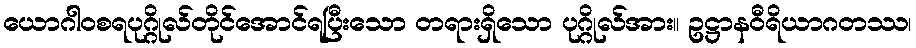
ယောဂါဝစရပုဂ္ဂိုလ်တိုင်အောင်ရပြီးသော တရားရှိသော ပုဂ္ဂိုလ်အား။ ဥဋ္ဌာနဝီရိယာဂတဿ၊